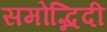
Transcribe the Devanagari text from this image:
समोद्भिदी